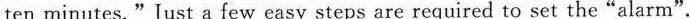
ten minutes."Just a few easy steps are required to set the"alarm".